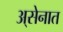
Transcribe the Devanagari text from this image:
अ्सेनात